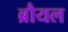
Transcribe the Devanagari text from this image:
ब्रौयल